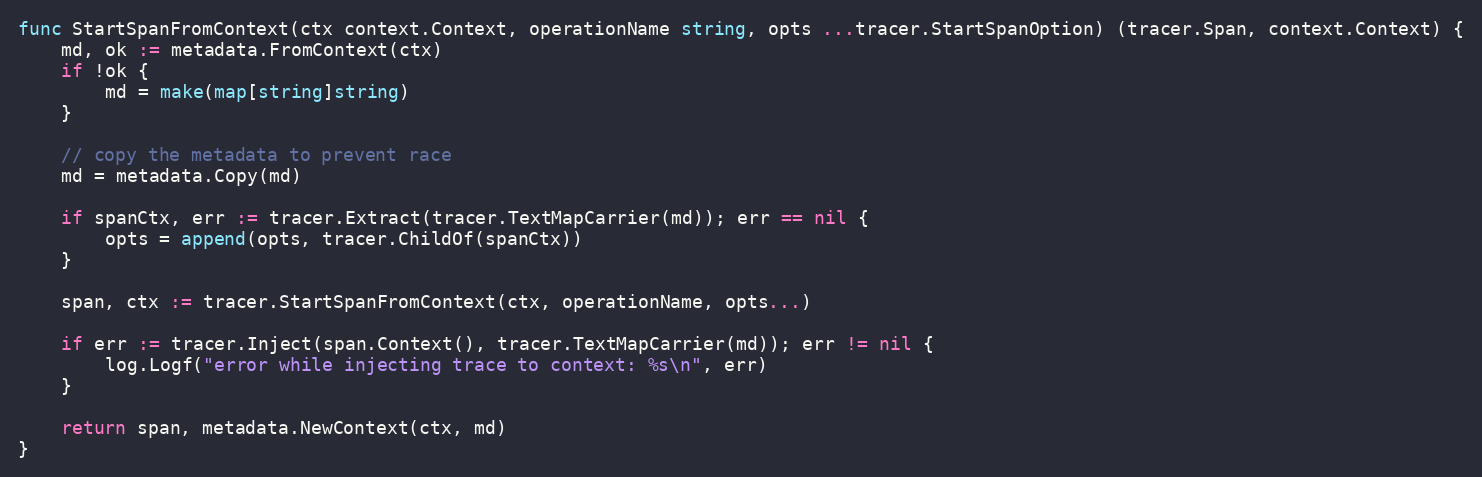
Language: Go
func StartSpanFromContext(ctx context.Context, operationName string, opts ...tracer.StartSpanOption) (tracer.Span, context.Context) {
	md, ok := metadata.FromContext(ctx)
	if !ok {
		md = make(map[string]string)
	}

	// copy the metadata to prevent race
	md = metadata.Copy(md)

	if spanCtx, err := tracer.Extract(tracer.TextMapCarrier(md)); err == nil {
		opts = append(opts, tracer.ChildOf(spanCtx))
	}

	span, ctx := tracer.StartSpanFromContext(ctx, operationName, opts...)

	if err := tracer.Inject(span.Context(), tracer.TextMapCarrier(md)); err != nil {
		log.Logf("error while injecting trace to context: %s\n", err)
	}

	return span, metadata.NewContext(ctx, md)
}